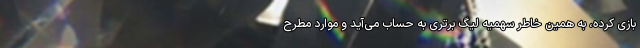
بازی کرده، به همین خاطر سهمیه لیگ برتری به حساب می‌آید و موارد مطرح